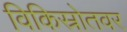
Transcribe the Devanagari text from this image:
विकिस्रोतवर